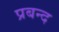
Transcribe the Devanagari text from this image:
प्रबन्द